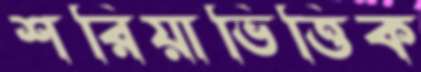
শরিয়াভিত্তিক